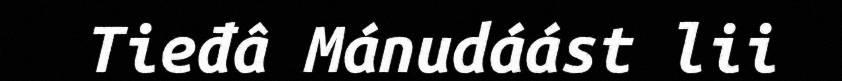
Tieđâ Mánudáást lii